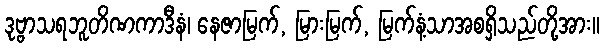
ဒုဗ္ဗာသရဘူတိဏကာဒီနံ၊ နေဇာမြက်, မြားမြက်, မြက်နံ့သာအစရှိသည်တို့အား။